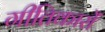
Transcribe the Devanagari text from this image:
गीतिकारों